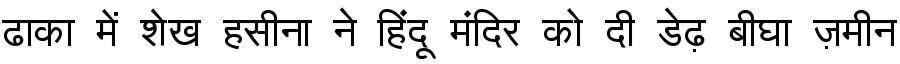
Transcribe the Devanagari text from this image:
ढाका में शेख हसीना ने हिंदू मंदिर को दी डेढ़ बीघा ज़मीन